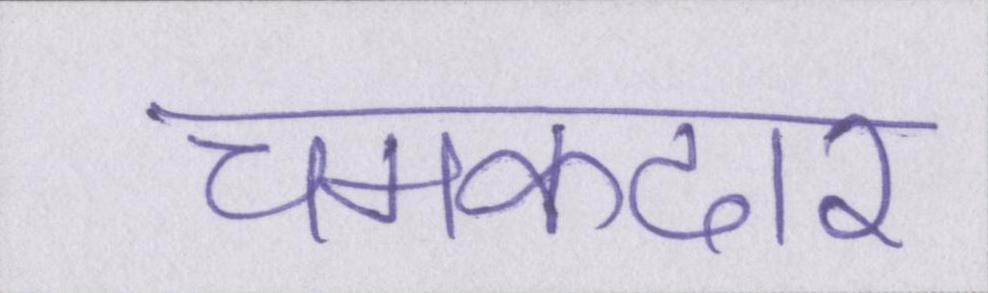
चमकदार